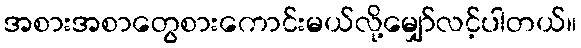
အစားအစာတွေစားကောင်းမယ်လို့မျှော်လင့်ပါတယ်။